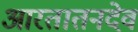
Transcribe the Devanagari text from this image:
आरतातनदेव